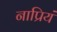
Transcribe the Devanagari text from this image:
नाप्रियं